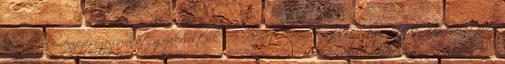
előírt véleményezési jogunkat gyakoroltuk. A Német Nemzetiségi Önkormányzat képviseletében